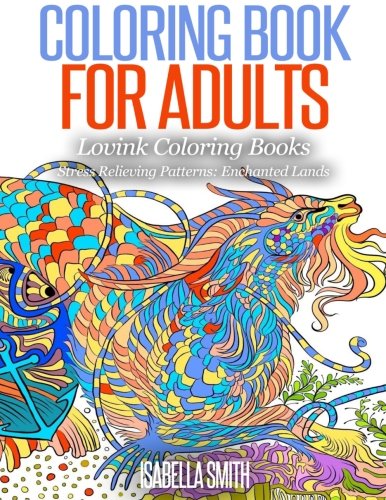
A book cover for Coloring Book for Adults  Stress Relieving Patterns: Enchanted Land - Lovink Coloring Books (Volume 1); Isabella Smith; Arts & Photography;